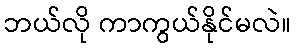
ဘယ်လို ကာကွယ်နိုင်မလဲ။